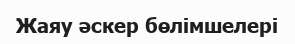
Жаяу әскер бөлімшелері